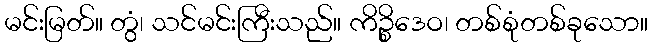
မင်းမြတ်။ တွံ၊ သင်မင်းကြီးသည်။ ကိဉ္စိဒေဝ၊ တစ်စုံတစ်ခုသော။